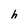
Character: h